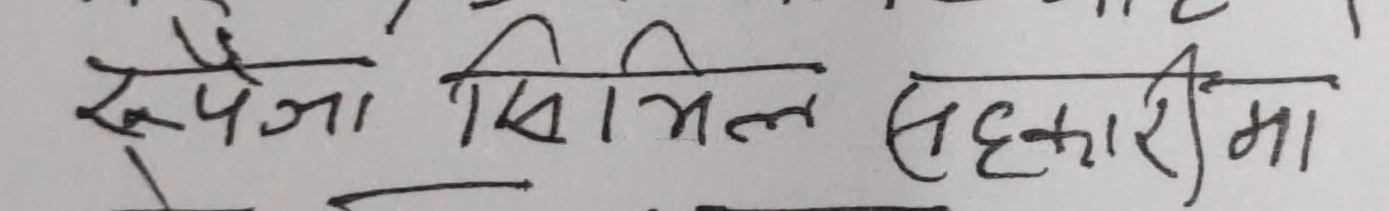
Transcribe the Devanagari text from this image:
रूपैजा सिविल सहकारीमा